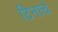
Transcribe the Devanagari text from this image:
टिनाचे